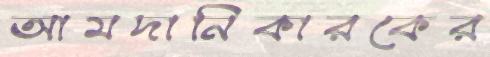
আমদানিকারকের